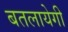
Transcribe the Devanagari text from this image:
बतलायेगी